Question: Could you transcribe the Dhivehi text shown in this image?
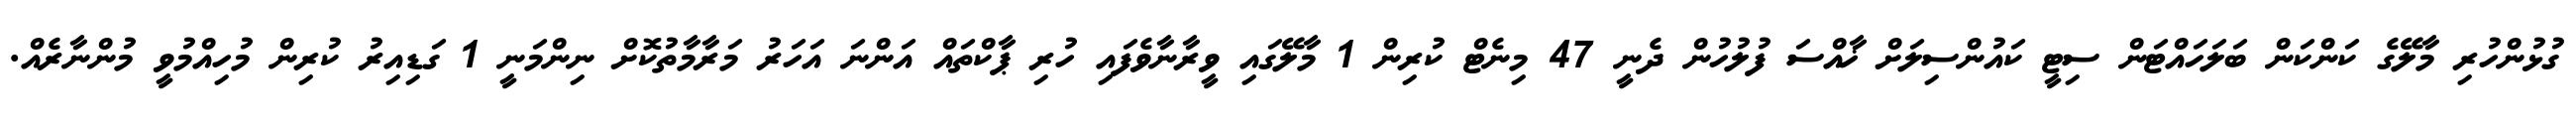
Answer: ގުޅުންހުރި މާލޭގެ ކަންކަން ބަލަހައްޓަން ސިޓީ ކައުންސިލަށް ޚާއްސަ ފުލުހުން ދެނީ 47 މިނެޓް ކުރިން 1 މާލޭގައި ވީރާނާވެފައި ހުރި ޕާކްތައް އަންނަ އަހަރު މަރާމާތުކޮށް ނިންމަނީ 1 ގަޑިއިރު ކުރިން މުހިއްމުވީ މުންނާރެއް.